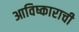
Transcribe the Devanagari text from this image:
आविष्काराची